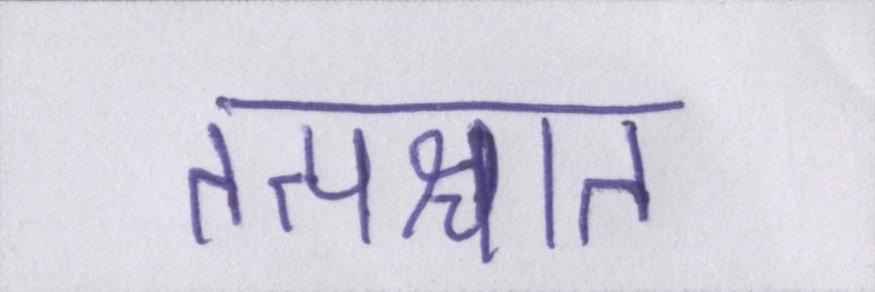
तत्पश्चात